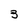
Character: 3